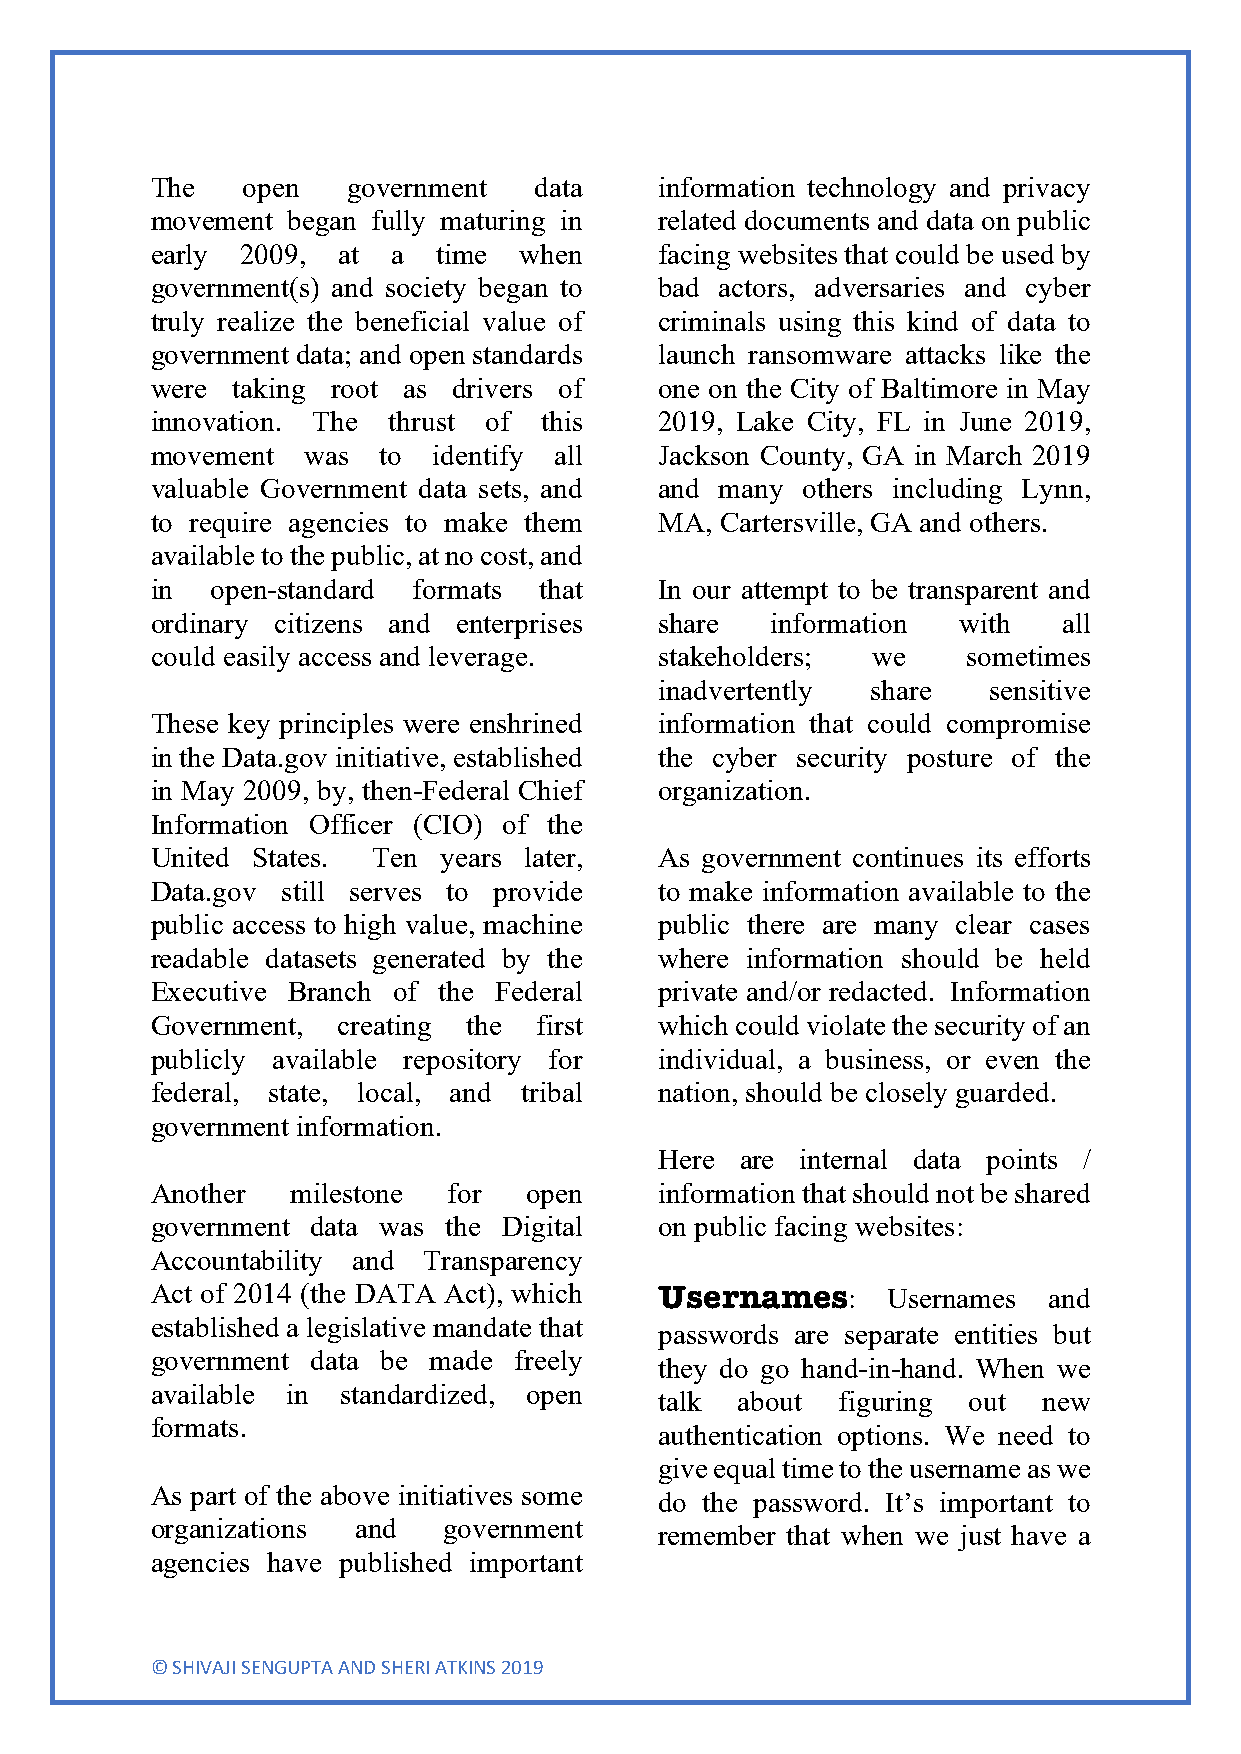
The   open   government  data     information technology and privacy
 movement began fully maturing in  related documents and data on public
 early 2009, at  a  time when      facing websites that could be used by
 government(s) and society began to bad actors, adversaries and cyber
 truly realize the beneficial value of criminals using this kind of data to
 government data; and open standards launch ransomware attacks like the
 were taking root as drivers of    one on the City of Baltimore in May
 innovation. The thrust of this    2019, Lake City, FL in June 2019,
 movement  was  to  identify all   Jackson County, GA in March 2019
 valuable Government data sets, and and many others including Lynn,
 to require agencies to make them  MA, Cartersville, GA and others.
 available to the public, at no cost, and
 in  open-standard formats that    In our attempt to be transparent and
 ordinary citizens and enterprises share  information with   all
 could easily access and leverage. stakeholders; we    sometimes
 inadvertently share  sensitive
 These key principles were enshrined information that could compromise
 in the Data.gov initiative, established the cyber security posture of the
 in May 2009, by, then-Federal Chief organization.
 Information Officer (CIO) of the
 United States. Ten years later,   As government continues its efforts
 Data.gov still serves to provide  to make information available to the
 public access to high value, machine public there are many clear cases
 readable datasets generated by the where information should be held
 Executive Branch of the Federal   private and/or redacted. Information
 Government, creating the first    which could violate the security of an
 publicly available repository for individual, a business, or even the
 federal, state, local, and tribal nation, should be closely guarded.
 government information.
 Here are internal data points /
 Another  milestone  for  open     information that should not be shared
 government data was the Digital   on public facing websites:
 Accountability and Transparency
 Act of 2014 (the DATA Act), which Usernames:     Usernames and
 established a legislative mandate that
 passwords are separate entities but
 government data be made freely
 they do go hand-in-hand. When we
 available in standardized, open
 talk about  figuring out new
 formats.
 authentication options. We need to
 give equal time to the username as we
 As part of the above initiatives some
 do the password. It’s important to
 organizations and  government
 remember that when we just have a
 agencies have published important
 © SHIVAJI SENGUPTA AND SHERI ATKINS 2019